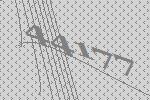
44177